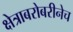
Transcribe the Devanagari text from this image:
क्षेत्राबरोबरीनेच